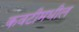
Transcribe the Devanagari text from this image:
कवटीमधील